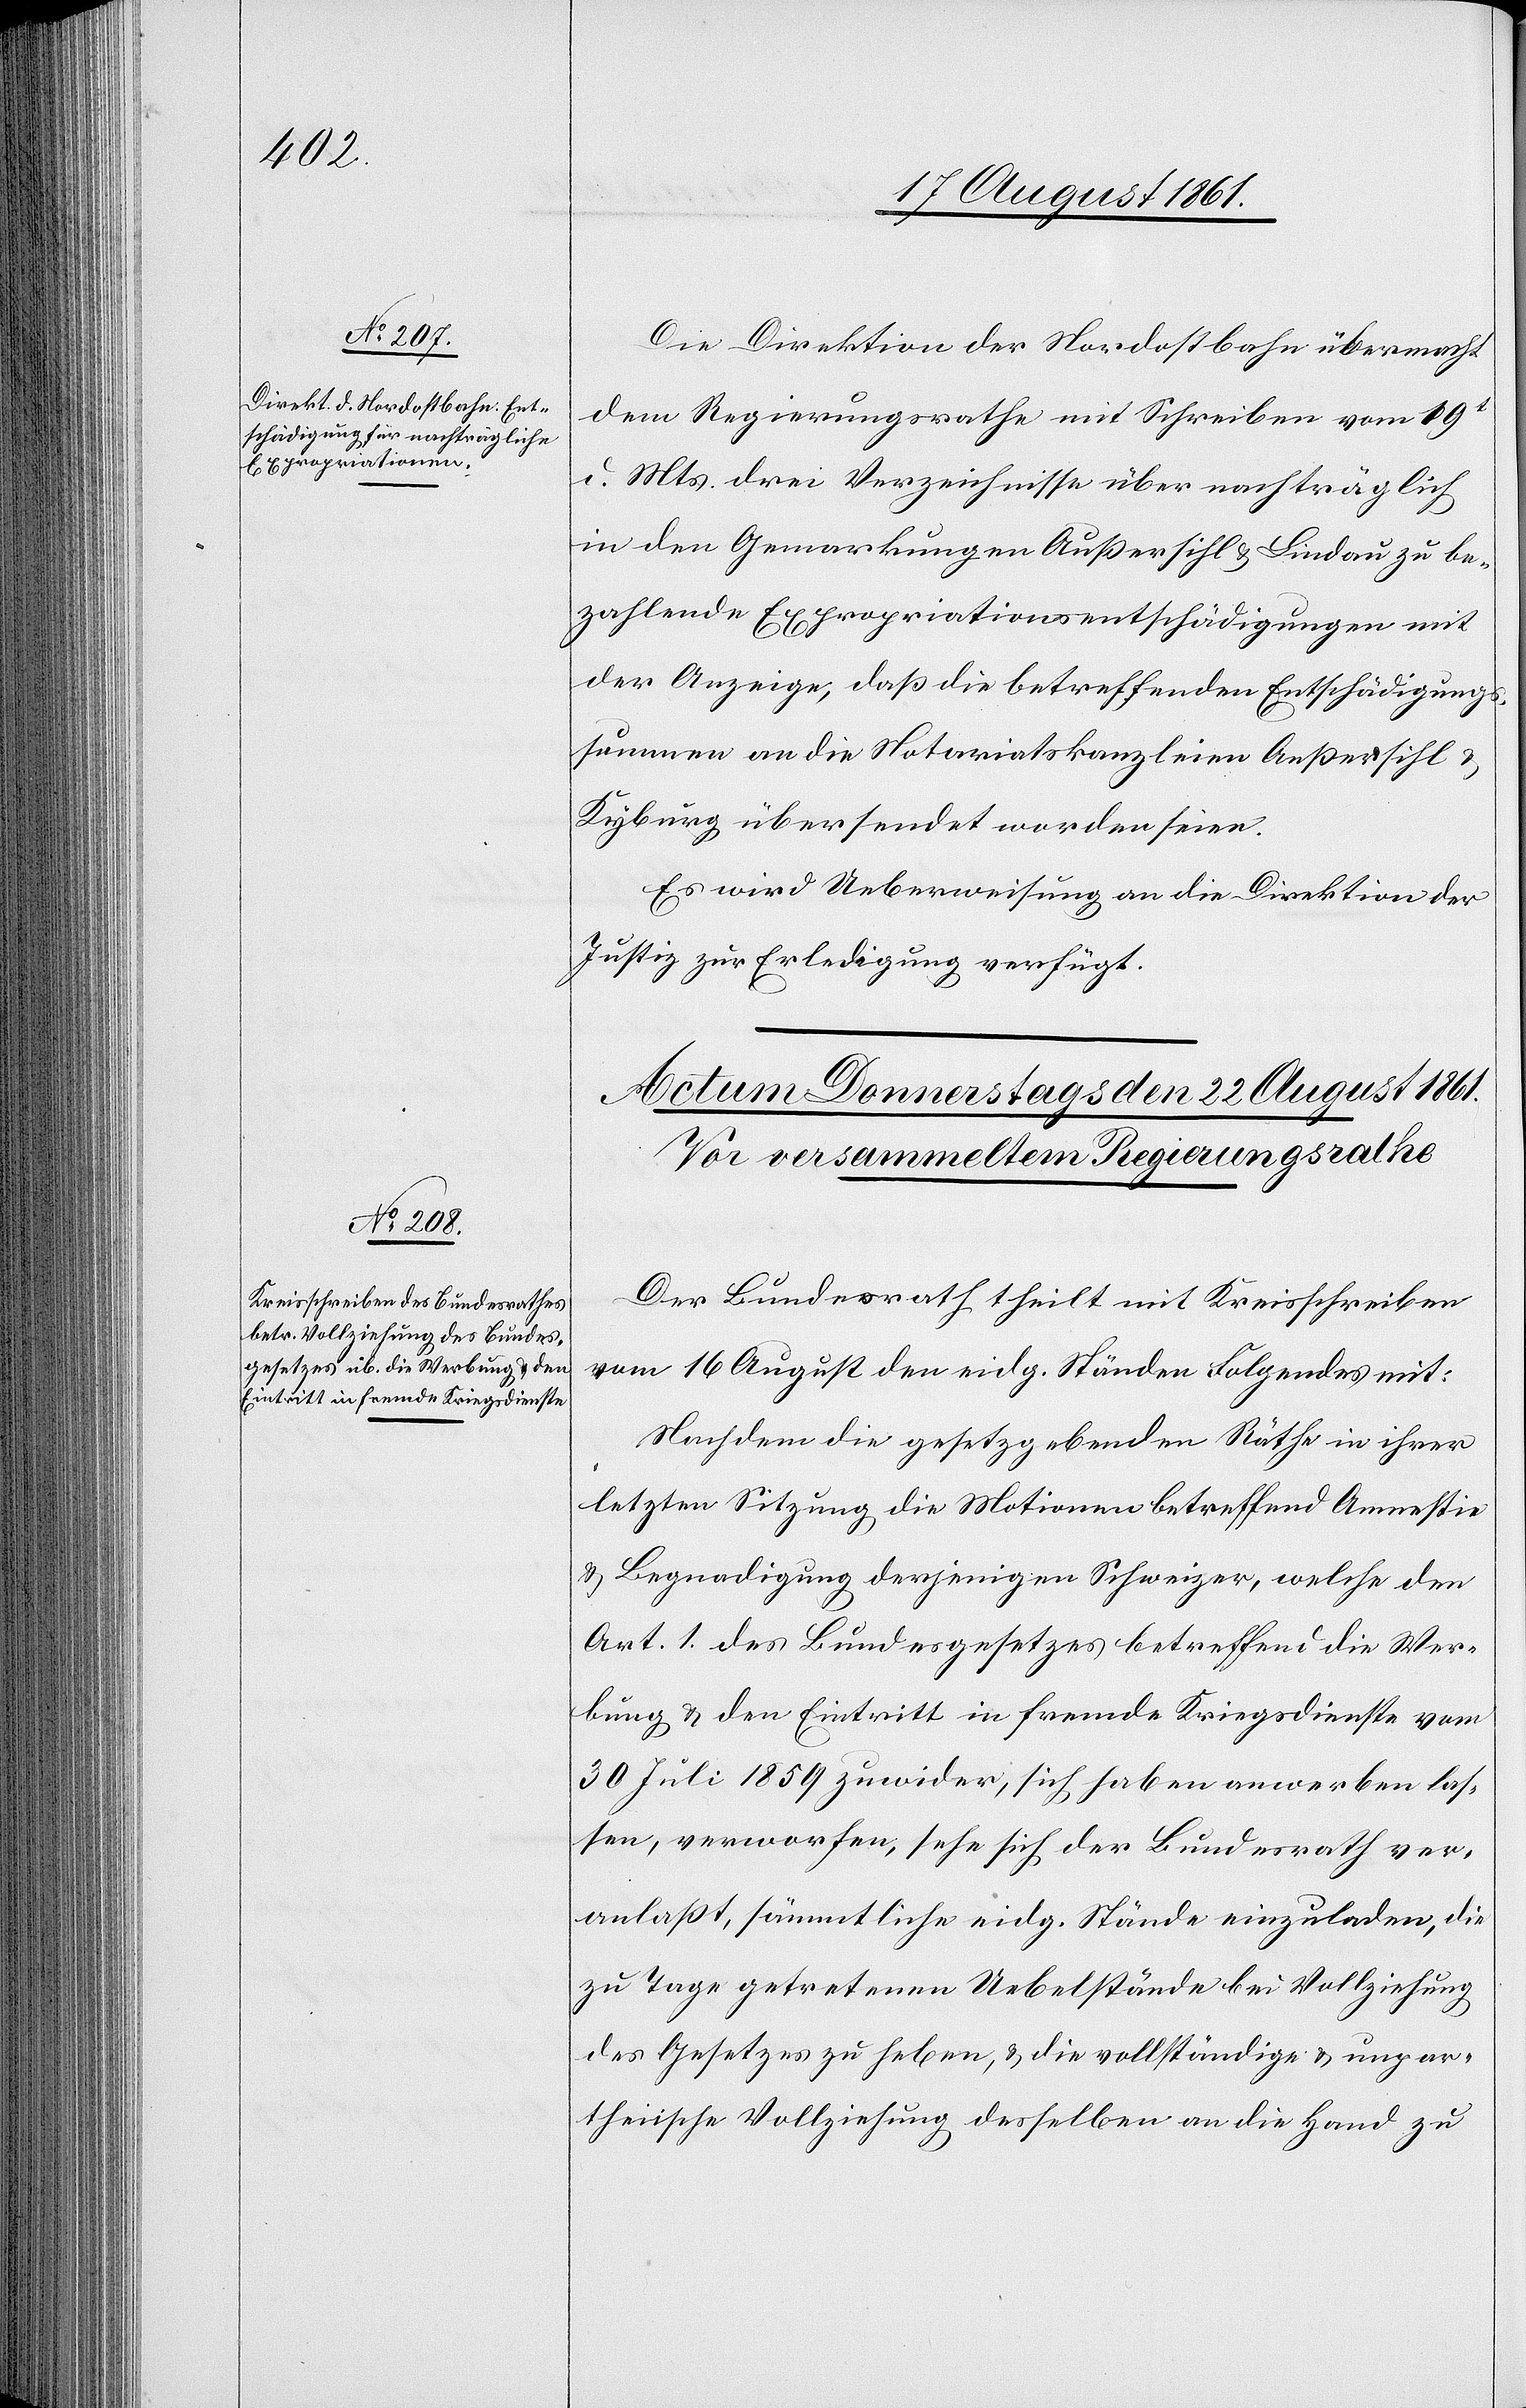
21 August 1861.]
Die Direktion der Nordostbahn übermacht
dem Regierungsrathe mit Schreiben vom 19t
d. Mts. drei Verzeichnisse über nachträglich
in den Gemarkungen Außersihl u. Lindau zu be¬
zahlende Expropriationsentschädigungen mit
der Anzeige, daß die betreffenden Entschädigungs¬
summen an die Notariatskanzleien Außersihl u.
Kyburg übersendet worden seien.
Es wird Ueberweisung an die Direktion der
Justiz zur Erledigung verfügt.
Der Bundesrathe theilt mit Kreisschreiben
vom 16 August den eidg. Ständen Folgendes mit:
Nachdem die gesetzgebenden Räthe in ihrer
letzten Sitzung die Motionen betreffend Amnestie
u. Begnadigung derjenigen Schweizer, welche den
Art. 1 des Bundesgesetzes betreffend die Wer¬
bung u. den Eintritt in fremde Kriegsdienste vom
30 Juli 1859 zuwider, sich haben anwerben las¬
sen, verworfen, sehe sich der Bundesrath ver¬
anlaßt, sämmtliche eidg. Stände einzuladen, die
zu Tage getretenen Uebelstände bei Vollziehung
des Gesetzes zu heben, u. die vollständige u. unpar¬
theiische Vollziehung desselben an die Hand zu